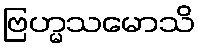
ဗြဟ္မသမောသိ